Leaving Certificate Examination, 1919
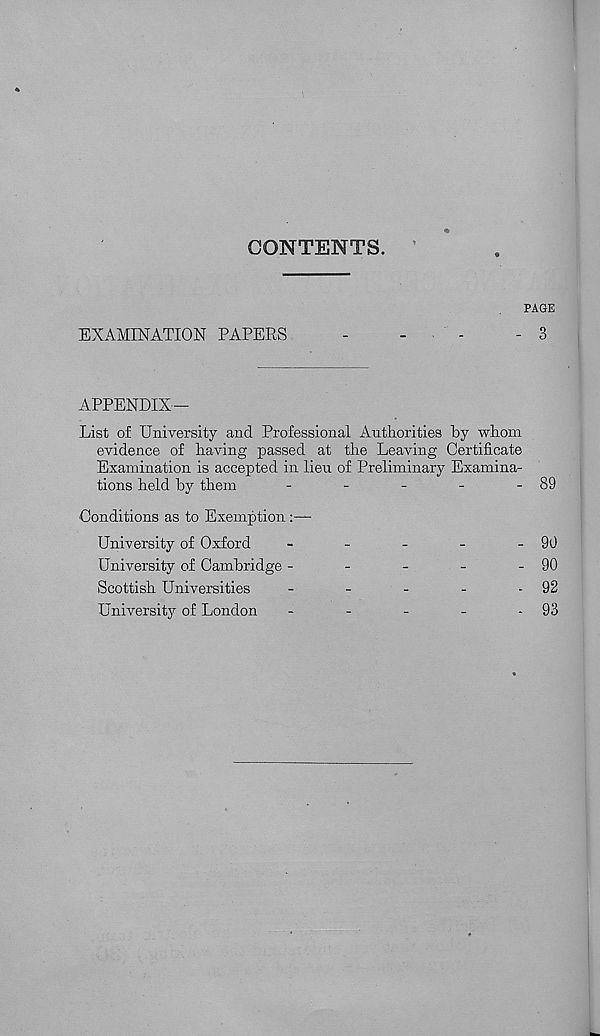
CONTENTS.
PAGE
EXAMINATION PAPERS
-
-
-
- 3
APPENDIX—
List of University and Professional Authorities by whom
evidence of having passed at the Leaving Certificate
Examination is accepted in lieu of Preliminary Examina-
tions held by them
89
Conditions as to Exemption :
University of Oxford
90
90
92
93
University of Cambridge -
Scottish Universities
University of London